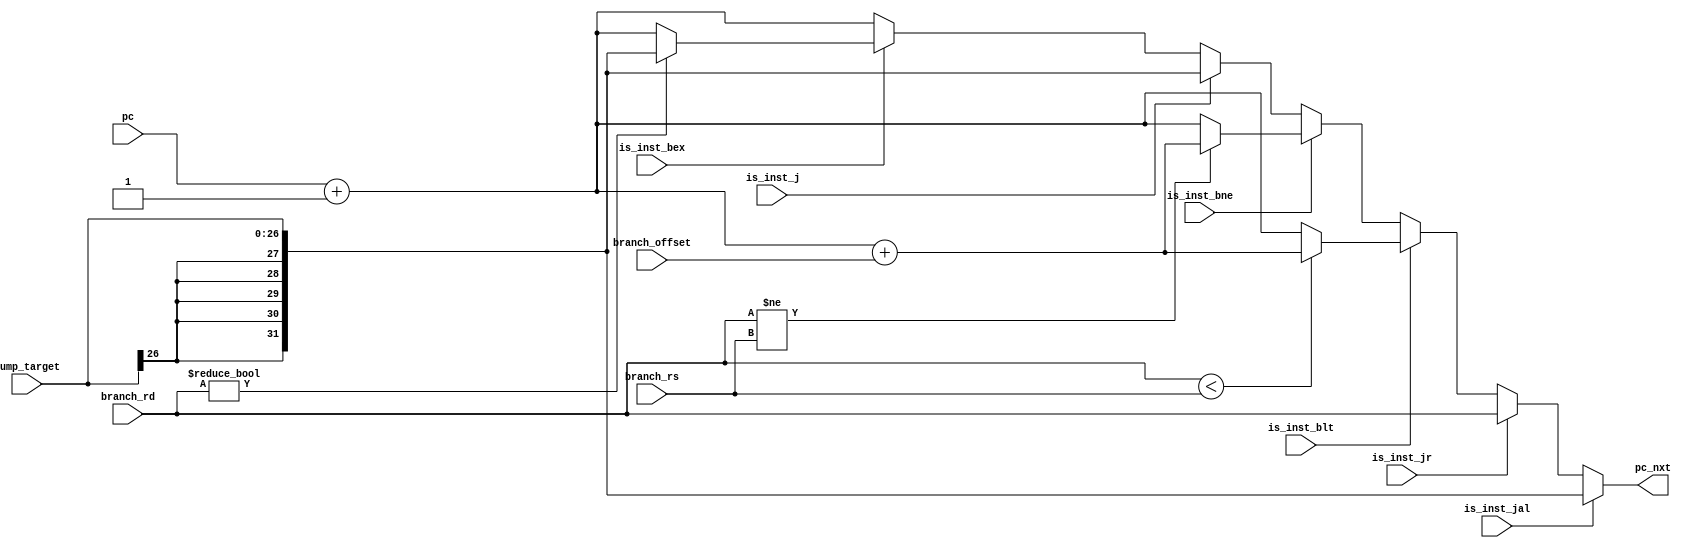
module branch_and_jump (
    pc,
    pc_nxt,
    // branch
    is_inst_blt,
    is_inst_bne,
    is_inst_bex,
    branch_rd,
    branch_rs,
    branch_offset,
    // jump
    is_inst_jal,
    is_inst_jr,
    is_inst_j,
    jump_target
);

    input [31:0] pc;
    input is_inst_blt;
    input is_inst_bne;
    input is_inst_bex;
    input [31:0] branch_rd;
    input [31:0] branch_rs;
    input [31:0] branch_offset; // signed & sign-extended
    input is_inst_jal;
    input is_inst_jr;
    input is_inst_j;
    input [26:0] jump_target;

    output reg [31:0] pc_nxt;

    // branch conditions
    wire is_blt_condition_true;
    wire is_bne_condition_true;
    wire is_bex_condition_true;
    assign is_blt_condition_true = branch_rd < branch_rs;
    assign is_bne_condition_true = branch_rd != branch_rs;
    assign is_bex_condition_true = branch_rd != 32'd0;

    always @(*) begin
        if (is_inst_jal) begin
            // jal: pc = target
            pc_nxt = {{5{jump_target[26]}}, jump_target}; // perform sign extension
        end
        else if (is_inst_jr) begin
            // jr: pc = $rd
            pc_nxt = branch_rd;
        end
        else if (is_inst_blt) begin
            // blt if ($rd < $rs) pc = pc + 1 + immediate
            pc_nxt = is_blt_condition_true?
                     pc + 1 + branch_offset:
                     pc + 1;
        end
        else if (is_inst_bne) begin
            // bne if ($rd != $rs) pc = pc + 1 + immediate
            pc_nxt = is_bne_condition_true?
                     pc + 1 + branch_offset:
                     pc + 1;
        end
        else if (is_inst_j) begin
                // j: pc = target
                pc_nxt = {{5{jump_target[26]}}, jump_target}; // perform sign extension
        end
        else if (is_inst_bex) begin
            pc_nxt = is_bex_condition_true?
                     {{5{jump_target[26]}}, jump_target}:
                     pc + 1;
        end
        else begin
            //default: next instruction
            pc_nxt = pc + 1;
        end
    end
endmodule